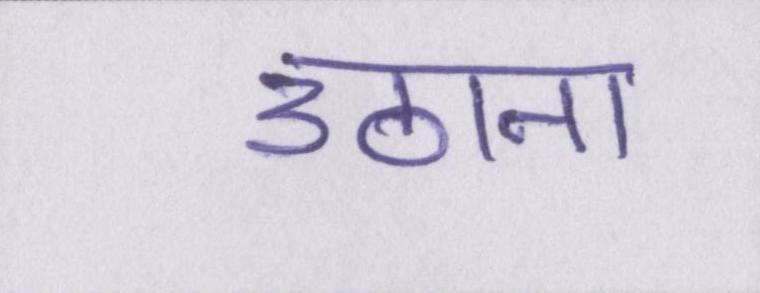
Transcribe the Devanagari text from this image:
उठाना